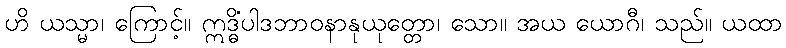
ဟိ ယသ္မာ၊ ကြောင့်။ ဣဒ္ဓိပါဒဘာဝနာနုယုတ္တော၊ သော။ အယံ ယောဂီ၊ သည်။ ယထာ